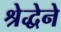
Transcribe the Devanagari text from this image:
श्रेद्धेने